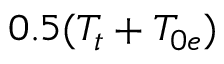
0 . 5 ( T _ { t } + T _ { 0 e } )